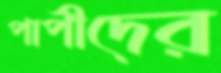
পাপীদের